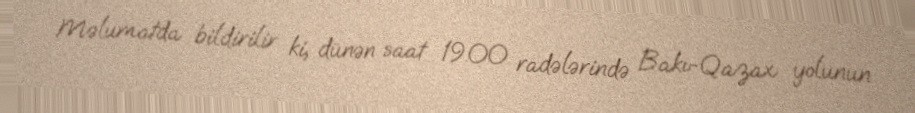
Məlumatda bildirilir ki, dünən saat 19.00 radələrində Bakı-Qazax yolunun